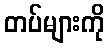
တပ်များကို